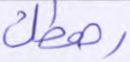
رهطك